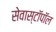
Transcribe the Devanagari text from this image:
सेवास्टॉपॉल